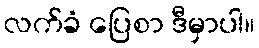
လက်ခံ ပြေစာ ဒီမှာပါ။